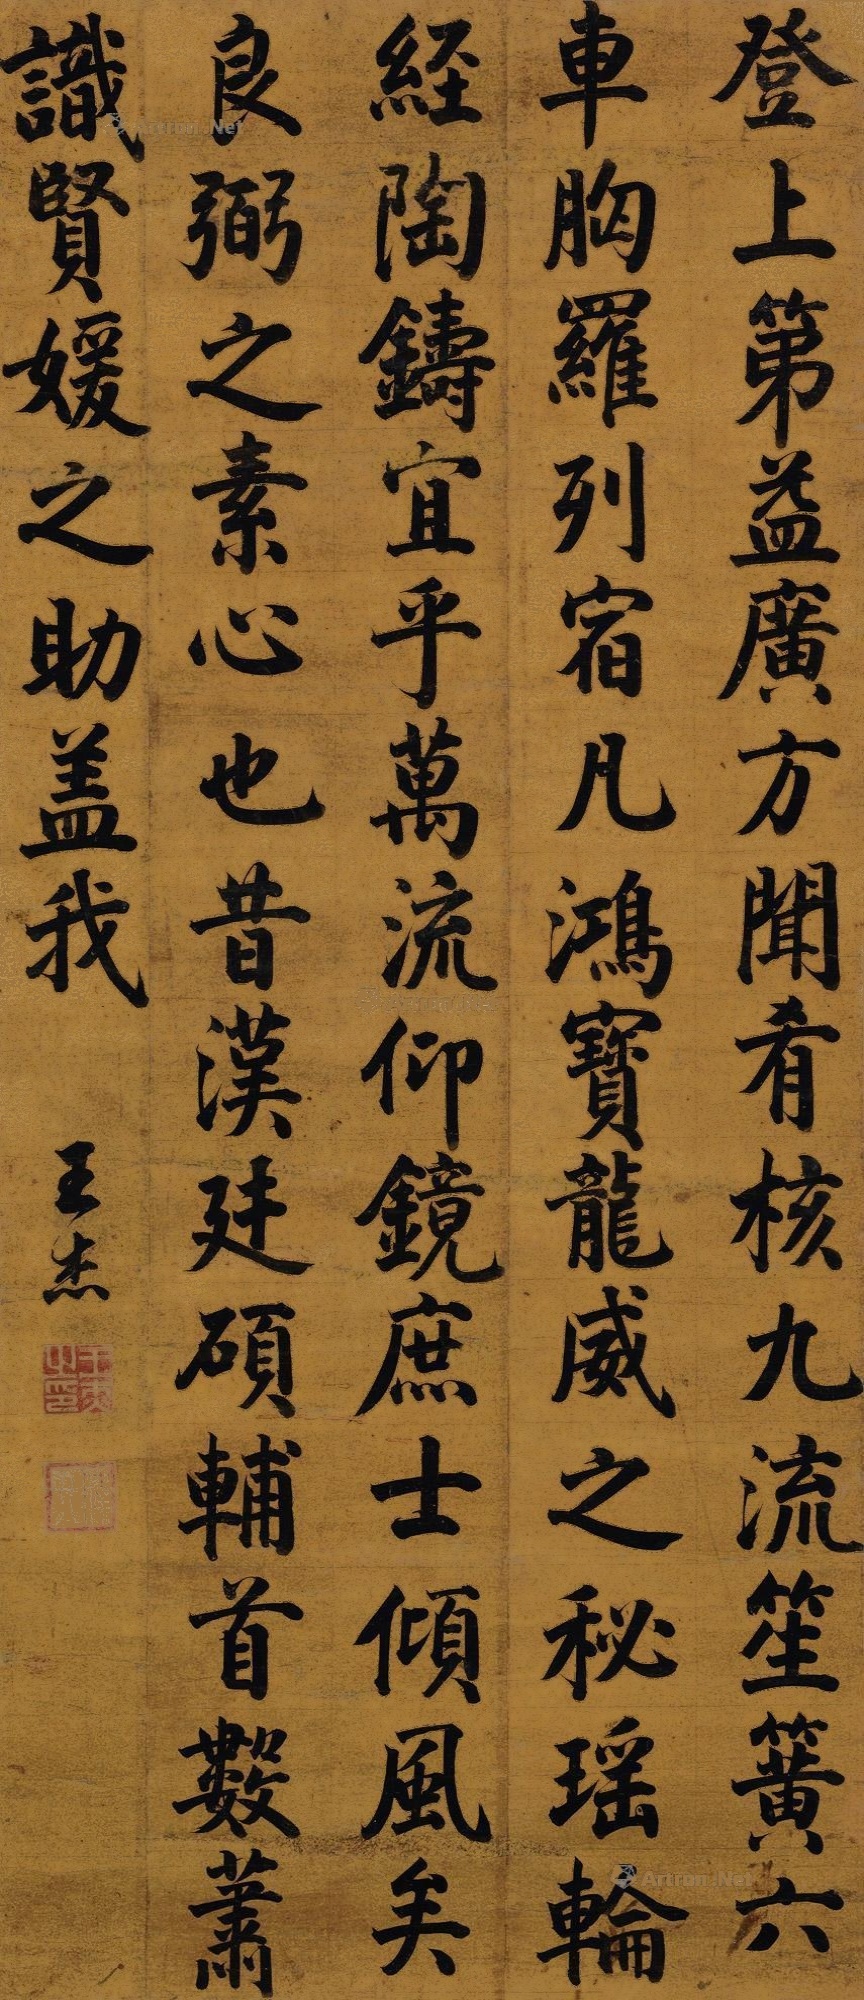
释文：登上第，益广方闻，肴核九流，笙簧六车，胸罗列宿，凡鸿宝龙威之秘，瑶轮经陶铸，宜乎万流仰镜，庶士倾风矣。良弼之素心也。昔汉廷硕辅，首数萧识，贤媛之助，盖我。王杰。